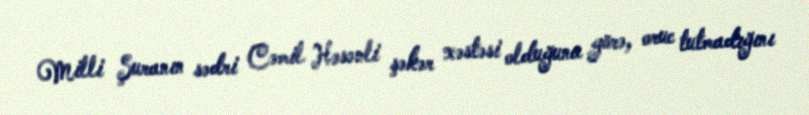
Milli Şuranın sədri Cəmil Həsənli şəkər xəstəsi olduğuna görə, oruc tutmadığını